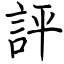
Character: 評